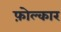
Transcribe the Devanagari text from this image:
फ़ोल्कार